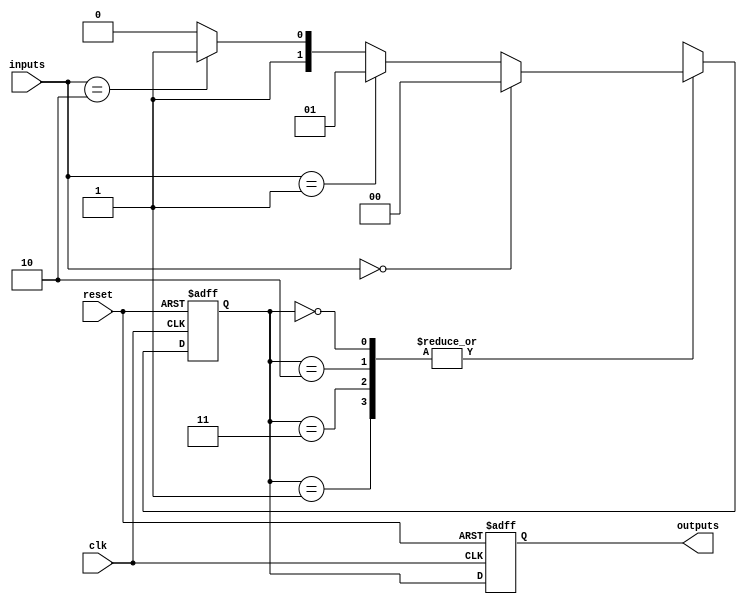
module GrayCodeStateMachine(
    input wire clk,
    input wire reset,
    input wire [1:0] inputs,
    output reg [1:0] outputs
);

// State encoding using Gray code
parameter S0 = 2'b00;
parameter S1 = 2'b01;
parameter S2 = 2'b11;
parameter S3 = 2'b10;

// State registers
reg [1:0] current_state;
reg [1:0] next_state;

// State transitions based on inputs
always @(posedge clk or posedge reset) begin
    if (reset) begin
        current_state <= S0;
        outputs <= 2'b00;
    end else begin
        current_state <= next_state;
        outputs <= current_state;
    end
end

// Combinational logic to determine next state
always @(*) begin
    case (current_state)
        S0: begin
            if (inputs == 2'b00) next_state = S0;
            else if (inputs == 2'b01) next_state = S1;
            else if (inputs == 2'b10) next_state = S2;
            else next_state = S3;
        end
        S1: begin
            if (inputs == 2'b00) next_state = S0;
            else if (inputs == 2'b01) next_state = S1;
            else if (inputs == 2'b10) next_state = S2;
            else next_state = S3;
        end
        S2: begin
            if (inputs == 2'b00) next_state = S0;
            else if (inputs == 2'b01) next_state = S1;
            else if (inputs == 2'b10) next_state = S2;
            else next_state = S3;
        end
        S3: begin
            if (inputs == 2'b00) next_state = S0;
            else if (inputs == 2'b01) next_state = S1;
            else if (inputs == 2'b10) next_state = S2;
            else next_state = S3;
        end
    endcase
end

endmodule